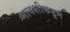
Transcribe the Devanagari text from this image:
मावशीकडून